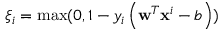
\xi _ { i } = \operatorname* { m a x } ( 0 , 1 - y _ { i } \left( \mathbf { w } ^ { T } \mathbf { x } ^ { i } - b \right) )